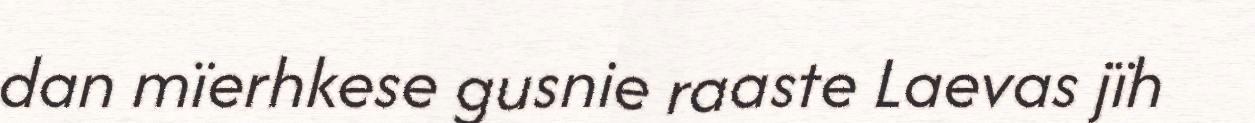
dan mïerhkese gusnie raaste Laevas jïh